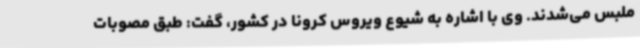
ملبس می‌شدند. وی با اشاره به شیوع ویروس کرونا در کشور، گفت: طبق مصوبات